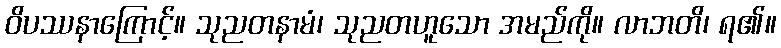
ဝိပဿနာကြောင့်။ သုညတနာမံ၊ သုညတဟူသော အမည်ကို။ လာဘတိ၊ ရ၏။